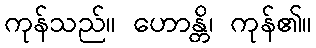
ကုန်သည်။ ဟောန္တိ၊ ကုန်၏။